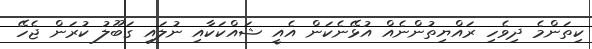
ކިތަންމެ ދިވެހި ރައްޔިތުންނެއް އުޅޭނެކަން އެއީ ޝައްކަކާއި ނުލައި ގަބޫލު ކުރަން ޖެހޭ